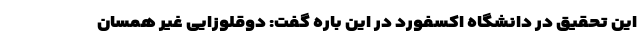
این تحقیق در دانشگاه اکسفورد در این باره گفت: دوقلوزایی غیر همسان